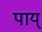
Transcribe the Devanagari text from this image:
पाय्